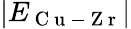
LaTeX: \lvert E_{\mathrm{~C~u~-~Z~r~}}\rvert